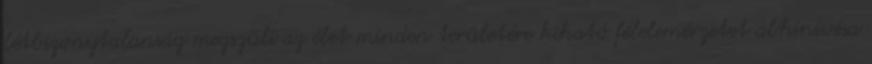
létbizonytalanság megszüli az élet minden területére kiható félelemérzetet abhinivésa